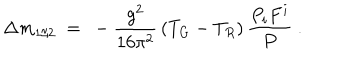
\Delta m _ { 1 / 2 } \ = \ - \frac { g ^ { 2 } } { 1 6 \pi ^ { 2 } } \, ( T _ { G } - T _ { R } ) \, \frac { P _ { i } F ^ { i } } { P } ~ .